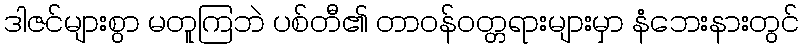
ဒါဇင်များစွာ မတူကြဘဲ ပစ်တီ၏ တာဝန်ဝတ္တရားများမှာ နံဘေးနားတွင်